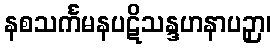
နစသင်္ကမနပဋိသန္ဒဟနာပဉှာ၊